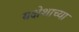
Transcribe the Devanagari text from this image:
यक्षेशाच्या